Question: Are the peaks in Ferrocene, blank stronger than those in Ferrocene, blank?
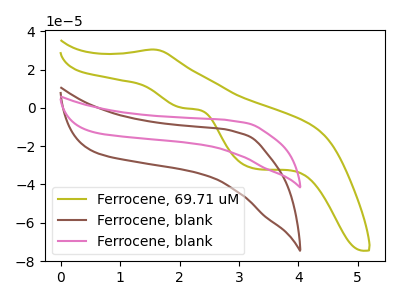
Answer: <think>The olive curve "Ferrocene, 69.71 uM" has an anodic peak at (1.55V, 30.45uA) and cathodic peaks at (2.05V, -0.10uA) (3.30V, -31.80uA). The brown curve "Ferrocene, blank" has no peaks. The pink curve "Ferrocene, blank" has no peaks.</think>
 <answer>Niether CV has any peaks.</answer>
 <eval>blanks</eval>